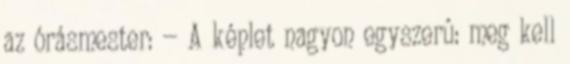
az órásmester: — A képlet nagyon egyszerû: meg kell